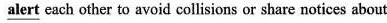
\underline{alert} each other to avoid collisions or share notices